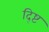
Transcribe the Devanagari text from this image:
द्ष्टि